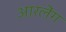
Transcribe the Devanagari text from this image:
आरलेंग